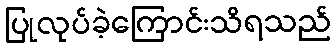
ပြုလုပ်ခဲ့ကြောင်းသိရသည်